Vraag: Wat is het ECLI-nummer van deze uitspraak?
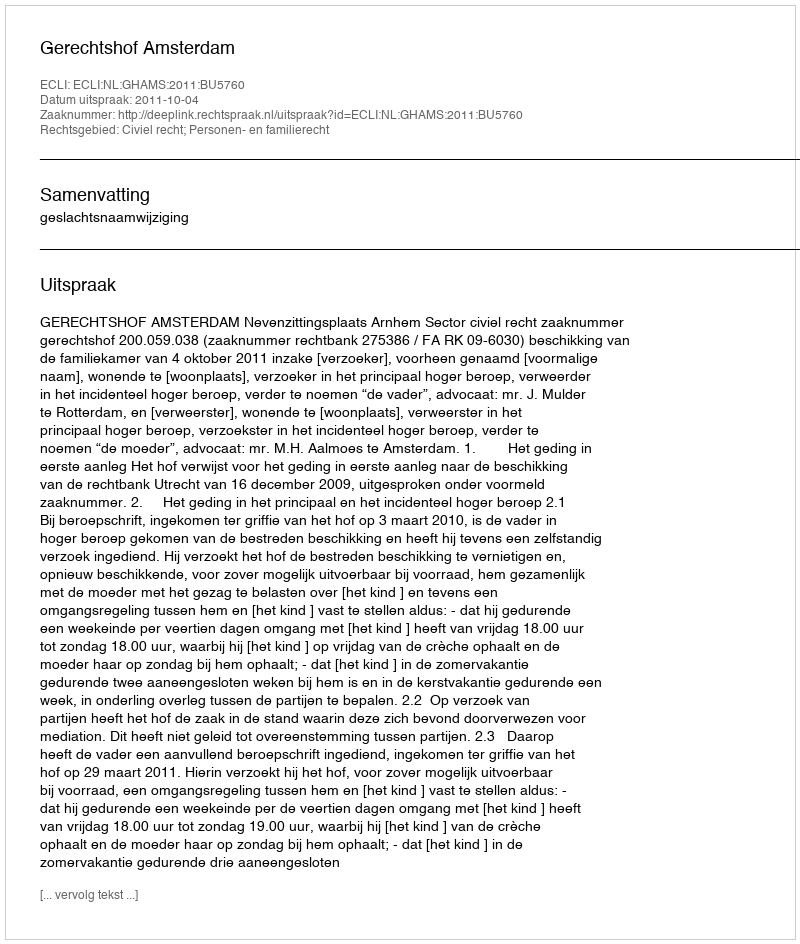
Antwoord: ECLI:NL:GHAMS:2011:BU5760